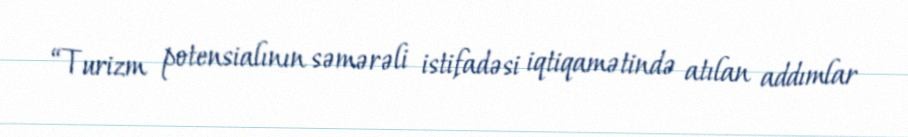
“Turizm potensialının səmərəli istifadəsi iqtiqamətində atılan addımlar